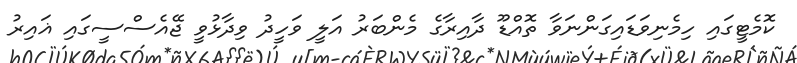
ކޮމެޓީގައި ހިމެނިވަޑައިގަންނަވާ ތޮއްޑޫ ދާއިރާގެ މެންބަރު އަލީ ވަހީދު ވިދާޅުވީ ޖޭއެސްސީގައި ޣައިރު